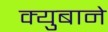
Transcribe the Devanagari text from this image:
क्युबाने